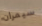
سيمران